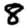
Digit: 8